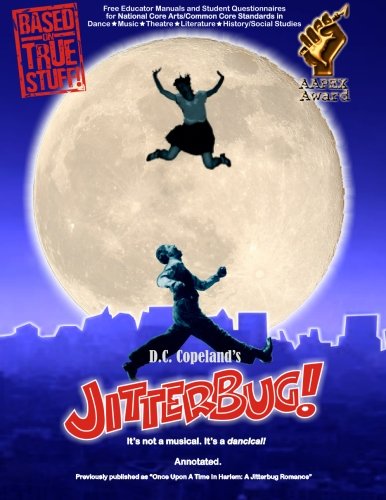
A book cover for Jitterbug!: It's not a musical. It's a dancical!; D C Copeland's; Literature & Fiction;